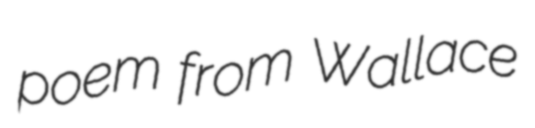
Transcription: poem from Wallace